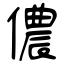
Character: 儂